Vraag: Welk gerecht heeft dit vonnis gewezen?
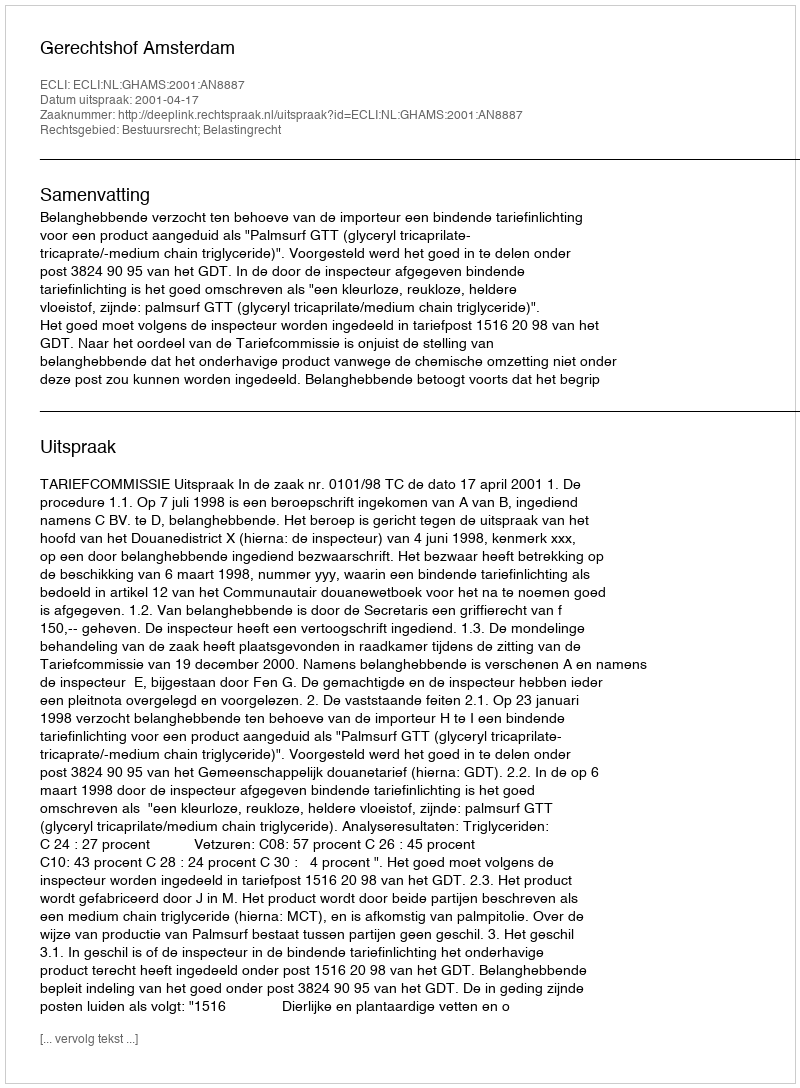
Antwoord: Gerechtshof Amsterdam